Vaccination Hyderabad 1872-1889 - 1872-1889
Year: 1872
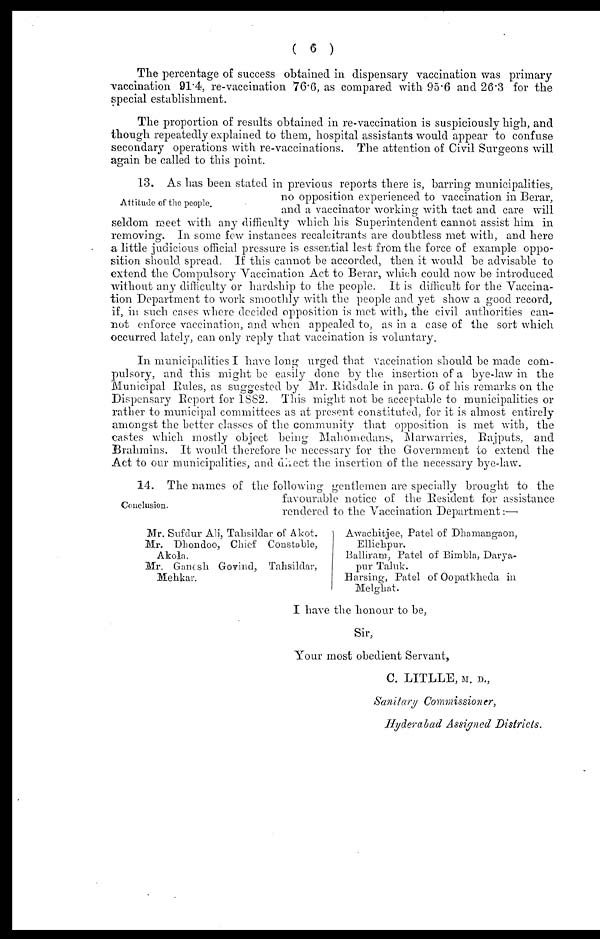
( 6 )
The percentage of success obtained in dispensary vaccination was primary
vaccination 91.4, re-vaccination 76.6, as compared with 95.6 and 26.3 for the
special establishment.
The proportion of results obtained in re-vaccination is suspiciously high, and
though repeatedly explained to them, hospital assistants would appear to confuse
secondary operations with re-vaccinations. The attention of Civil Surgeons will
again be called to this point.
Attitude of the people.
13. As has been stated in previous reports there is, barring municipalities,
no opposition experienced to vaccination in Berar,
and a vaccinator working with tact and care will
seldom meet with any difficulty which his Superintendent cannot assist him in
removing. In some few instances recalcitrants are doubtless met with, and here
a little judicious official pressure is essential lest from the force of example oppo-
sition should spread. If this cannot be accorded, then it would be advisable to
extend the Compulsory Vaccination Act to Berar, which could now be introduced
without any difficulty or hardship to the people. It is difficult for the Vaccina-
tion Department to work smoothly with the people and yet show a good record,
if, in such cases where decided opposition is met with, the civil authorities can-
not enforce vaccination, and when appealed to, as in a case of the sort which
occurred lately, can only reply that vaccination is voluntary.
In municipalities I have long urged that vaccination should be made com-
pulsory, and this might be easily done by the insertion of a bye-law in the
Municipal Rules, as suggested by Mr. Ridsdale in para. 6 of his remarks on the
Dispensary Report for 1882. This might not be acceptable to municipalities or
rather to municipal committees as at present constituted, for it is almost entirely
amongst the better classes of the community that opposition is met with, the
castes which mostly object being Mahomedans, Marwarries, Rajputs, and
Brahmins. It would therefore be necessary for the Government to extend the
Act to our municipalities, and direct the insertion of the necessary bye-law.
Conclusion.
14. The names of the following gentlemen are specially brought to the
favourable notice of the Resident for assistance
rendered to the Vaccination Department:—
Mr. Sufdur Ali, Tahsildar of Akot.
Mr. Dhondoo, Chief Constable,
Akola.
Mr. Ganesh Govind, Tahsildar,
Mehkar.
Awachitjee, Patel of Dhamangaon,
Ellichpur.
Balliram, Patel of Bimbla, Darya-
pur Taluk.
Barsing, Patel of Oopatkheda in
Melghat.
I have the honour to be,
Sir,
Your most obedient Servant,
C. LITLLE, M. D.,
Sanitary Commissioner,
Hyderabad Assigned Districts.